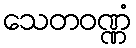
သေတဝဏ္ဏံ